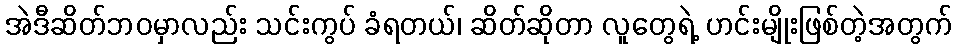
အဲဒီဆိတ်ဘဝမှာလည်း သင်းကွပ် ခံရတယ်၊ ဆိတ်ဆိုတာ လူတွေရဲ့ ဟင်းမျိုးဖြစ်တဲ့အတွက်